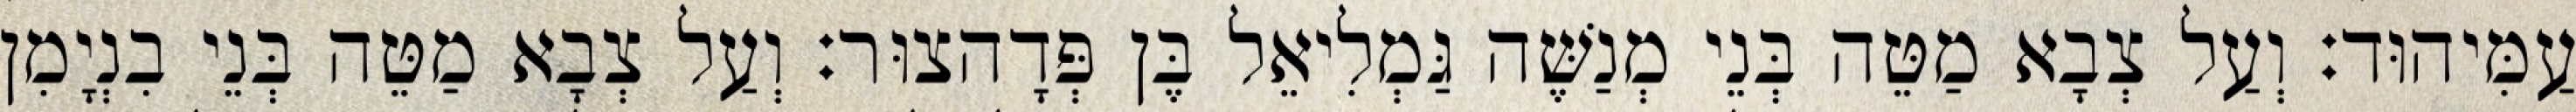
עַמִּיהוּד׃ וְעַל צְבָא מַטֵּה בְּנֵי מְנַשֶּׁה גַּמְלִיאֵל בֶּן פְּדָהצוּר׃ וְעַל צְבָא מַטֵּה בְּנֵי בִנְיָמִן